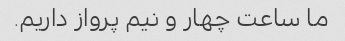
ما ساعت چهار و نیم پرواز داریم.